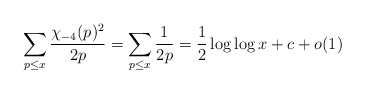
\begin{align*}\sum_{p \leq x} \frac{\chi_{-4}(p)^{2}}{2p} = \sum_{p \leq x} \frac{1}{2p} = \frac{1}{2} \log \log x+c+o(1)\end{align*}